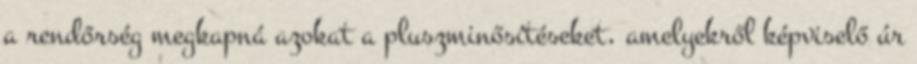
a rendőrség megkapná azokat a pluszminősítéseket, amelyekről képviselő úr